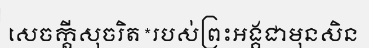
សេចក្តីសុចរិត*របស់ព្រះអង្គជាមុនសិន